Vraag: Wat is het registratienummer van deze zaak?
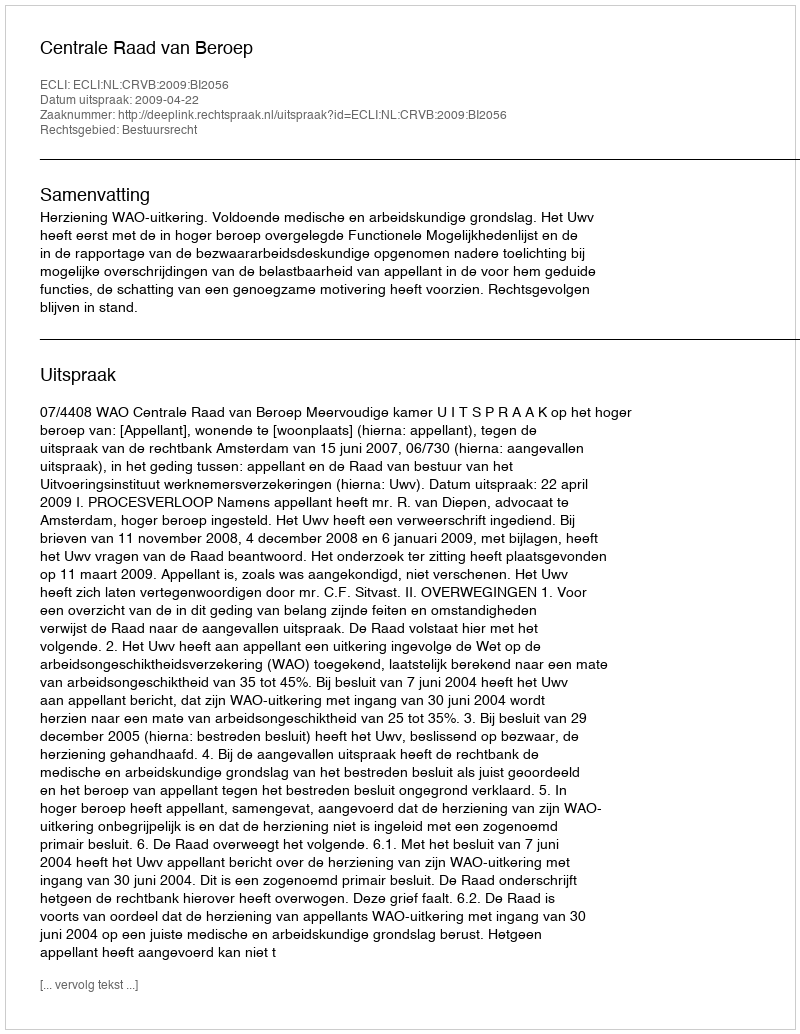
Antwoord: http://deeplink.rechtspraak.nl/uitspraak?id=ECLI:NL:CRVB:2009:BI2056